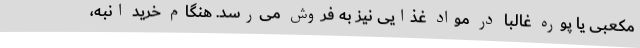
مکعبی یا پوره غالبا در مواد غذایی نیز به فروش می‌رسد. هنگام خرید انبه،